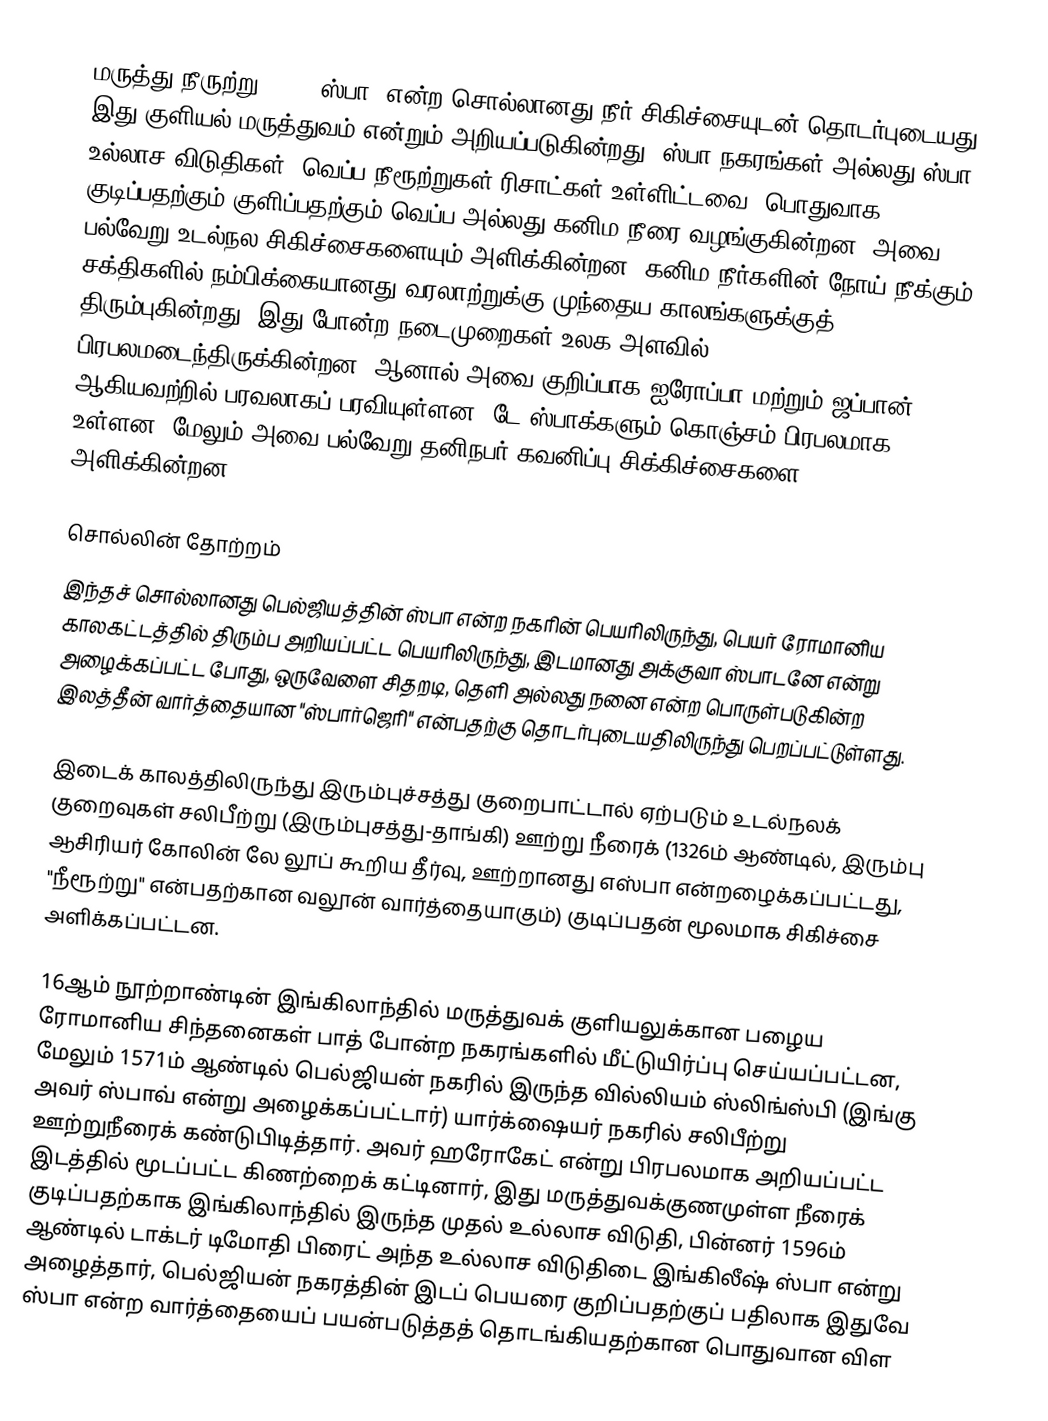
மருத்து நீருற்று (spa, ஸ்பா) என்ற சொல்லானது நீர் சிகிச்சையுடன் தொடர்புடையது, இது குளியல் மருத்துவம் என்றும் அறியப்படுகின்றது. ஸ்பா நகரங்கள் அல்லது ஸ்பா உல்லாச விடுதிகள் (வெப்ப நீரூற்றுகள் ரிசாட்கள் உள்ளிட்டவை) பொதுவாக குடிப்பதற்கும் குளிப்பதற்கும் வெப்ப அல்லது கனிம நீரை வழங்குகின்றன. அவை பல்வேறு உடல்நல சிகிச்சைகளையும் அளிக்கின்றன. கனிம நீர்களின் நோய் நீக்கும் சக்திகளில் நம்பிக்கையானது வரலாற்றுக்கு முந்தைய காலங்களுக்குத் திரும்புகின்றது. இது போன்ற நடைமுறைகள் உலக அளவில் பிரபலமடைந்திருக்கின்றன, ஆனால் அவை குறிப்பாக ஐரோப்பா மற்றும் ஜப்பான் ஆகியவற்றில் பரவலாகப் பரவியுள்ளன. டே ஸ்பாக்களும் கொஞ்சம் பிரபலமாக உள்ளன, மேலும் அவை பல்வேறு தனிநபர் கவனிப்பு சிக்கிச்சைகளை அளிக்கின்றன.

சொல்லின் தோற்றம்
இந்தச் சொல்லானது பெல்ஜியத்தின் ஸ்பா என்ற நகரின் பெயரிலிருந்து, பெயர் ரோமானிய காலகட்டத்தில் திரும்ப அறியப்பட்ட பெயரிலிருந்து, இடமானது அக்குவா ஸ்பாடனே என்று அழைக்கப்பட்ட போது, ஒருவேளை சிதறடி, தெளி அல்லது நனை என்ற பொருள்படுகின்ற இலத்தீன் வார்த்தையான "ஸ்பார்ஜெரி" என்பதற்கு தொடர்புடையதிலிருந்து பெறப்பட்டுள்ளது.

இடைக் காலத்திலிருந்து இரும்புச்சத்து குறைபாட்டால் ஏற்படும் உடல்நலக் குறைவுகள் சலிபீற்று (இரும்புசத்து-தாங்கி) ஊற்று நீரைக் (1326ம் ஆண்டில், இரும்பு ஆசிரியர் கோலின் லே லூப் கூறிய தீர்வு, ஊற்றானது எஸ்பா  என்றழைக்கப்பட்டது, "நீரூற்று"  என்பதற்கான வலூன் வார்த்தையாகும்) குடிப்பதன் மூலமாக சிகிச்சை அளிக்கப்பட்டன.

16ஆம் நூற்றாண்டின் இங்கிலாந்தில் மருத்துவக் குளியலுக்கான பழைய ரோமானிய சிந்தனைகள் பாத் போன்ற நகரங்களில் மீட்டுயிர்ப்பு செய்யப்பட்டன, மேலும் 1571ம் ஆண்டில் பெல்ஜியன் நகரில் இருந்த வில்லியம் ஸ்லிங்ஸ்பி (இங்கு அவர் ஸ்பாவ்  என்று அழைக்கப்பட்டார்) யார்க்‌ஷையர் நகரில் சலிபீற்று ஊற்றுநீரைக் கண்டுபிடித்தார். அவர் ஹரோகேட் என்று பிரபலமாக அறியப்பட்ட இடத்தில் மூடப்பட்ட கிணற்றைக் கட்டினார், இது மருத்துவக்குணமுள்ள நீரைக் குடிப்பதற்காக இங்கிலாந்தில் இருந்த முதல் உல்லாச விடுதி, பின்னர் 1596ம் ஆண்டில் டாக்டர் டிமோதி பிரைட் அந்த உல்லாச விடுதிடை இங்கிலீஷ் ஸ்பா  என்று அழைத்தார், பெல்ஜியன் நகரத்தின் இடப் பெயரை குறிப்பதற்குப் பதிலாக இதுவே ஸ்பா  என்ற வார்த்தையைப் பயன்படுத்தத் தொடங்கியதற்கான பொதுவான விள